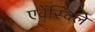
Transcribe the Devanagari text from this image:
एवेंस्विले